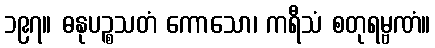
၁၉၇။ ဓနုပဉ္စသတံ ကောသော၊ ကရီသံ စတုရမ္ဗဏံ။